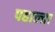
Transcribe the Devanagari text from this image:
पहाल्ता